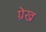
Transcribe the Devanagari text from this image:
ग्रेख